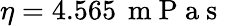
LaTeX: \eta=4.565\, \mathrm{~m~P~a~s~}